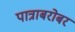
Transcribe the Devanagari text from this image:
पात्राबरोबर